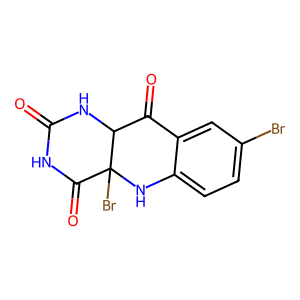
SMILES: O=C1NC(=O)C2(Br)Nc3ccc(Br)cc3C(=O)C2N1
Inhibits HIV replication: No